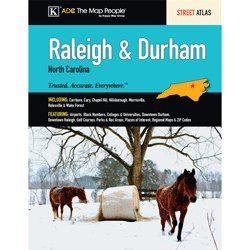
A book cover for Raleigh & Durham, NC Street Atlas; Kappa Map Group; Travel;